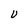
Character: U